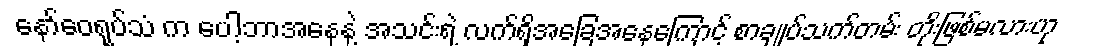
နော်ဝေရုပ်သံ က ပေါ့ဘာအနေနဲ့ အသင်းရဲ့ လက်ရှိအခြေအနေကြောင့် စာချုပ်သက်တမ်း တိုးဖြစ်မလားဟု